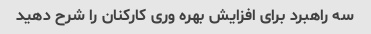
سه راهبرد برای افزایش بهره وری کارکنان را شرح دهید